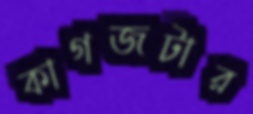
কাগজটার